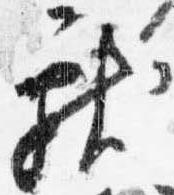
献